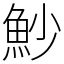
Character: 魦